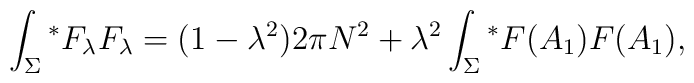
\int_{\Sigma}{ ^\ast F_{\lambda}} F_{\lambda}=(1-{\lambda}^{2})2\pi N^{2} + {\lambda}^{2}\int_{\Sigma}{^\ast F(A_{1}) F(A_{1})},